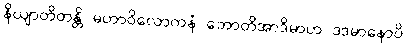
နိယျာတိတန္တိ မဟာဝိလောကနံ ဘောတိအာဒိမာဟ ဒဒမာနောပိ